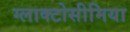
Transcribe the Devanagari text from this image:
ग्लाक्टोसीमिया